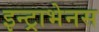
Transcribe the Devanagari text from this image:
इन्ट्राभेनस